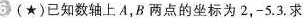
6 (★)已知数轴上A，B两点的坐标为2，-5.3.求